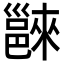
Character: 𨝖